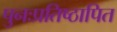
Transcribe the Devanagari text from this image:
पुनःप्रतिष्ठापित